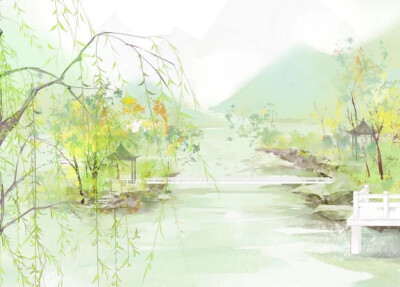
津桥春水浸红霞，烟柳风丝拂岸斜。